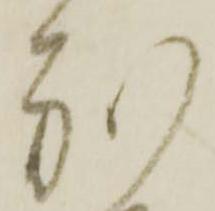
別